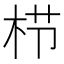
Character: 栉